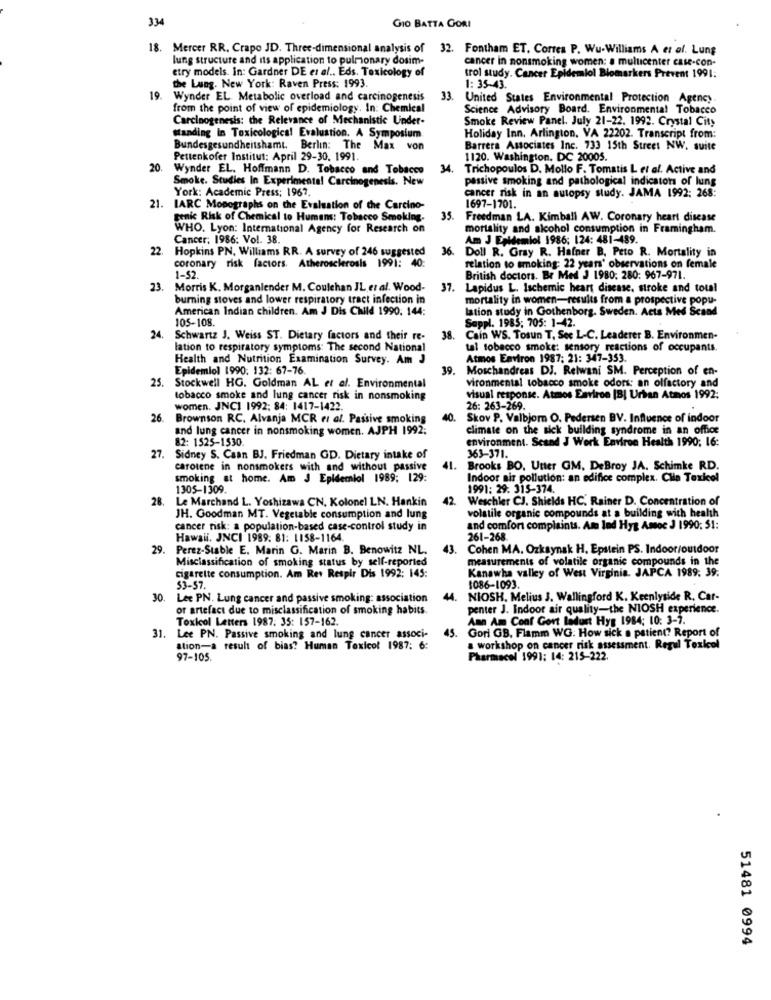
334
GIO BATTA GORI
18. Mercer RR. Crapo JD. Three-dimensional analysis of 32. Fontham ET. Corres P. Wu-Williams A et al. Lung
lung structure and its application to pulmonary dosim-
cancer in nonsmoking women: a multicenter case-con-
etry models. In: Gardner DE et al .. Eds. Toxicology of
trol study. Cancer Epidemiol Biomarkers Prevent 1991:
the Lung. New York: Raven Press: 1993.
1: 35-43.
19. Wynder EL Metabolic overload and carcinogenesis
33.
United States Environmental Protection Agency
from the point of view of epidemiology. In: Chemical
Science Advisory Board. Environmental Tobacco
Carcinogenesis: the Relevance of Mechanistic Under-
Smoke Review Panel. July 21-22. 1992. Crystal City
standing in Toxicological Evaluation. A Symposium
Holiday Inn, Arlington, VA 22202. Transcript from:
Bundesgesundheitshamt. Berlin: The Max von
Barrera Associates Inc. 733 15th Street NW. suite
Pettenkofer Institut: April 29-30. 1991.
1120. Washington, DC 20005.
20.
Wynder EL. Hoffmann D. Tobacco and Tobacco
34.
Trichopoulos D. Mollo F. Tomatis L et al. Active and
Smoke. Studies In Experimental Carcinogenesis. New
passive smoking and pathological indicators of lung
York: Academic Press; 1967.
cancer risk in an autopsy study. JAMA 1992: 268:
21.
IARC Monographs on the Evaluation of the Carcino-
1697-1701.
genic Risk of Chemical to Humans: Tobacco Smoking.
35. Freedman LA. Kimball AW. Coronary heart disease
WHO. Lyon: International Agency for Research on
mortality and alcohol consumption in Framingham.
Cancer: 1986: Vol. 38.
Am J Epidemiol 1986; 124: 481-489.
22.
Hopkins PN. Williams RR. A survey of 246 suggested
36.
Doll R. Gray R. Hafner B. Peto R. Mortality in
coronary risk factors. Atherosclerosis 1991: 40:
relation to smoking: 22 years' observations on female
1-52.
British doctors. Br Med J 1980: 280: 967-971.
. Morris K. Morganlender M. Coulehan IL er al. Wood-
37. Lapidus L. Ischemic heart disease. stroke and total
burning stoves and lower respiratory tract infection in
mortality in women-results from a prospective popu-
American Indian children. Am J Dis Child 1990. 144:
lation study in Gothenborg. Sweden. Acts Med Scand
105-108.
Sappl. 1985; 705: 1-42.
24.
Schwartz J. Weiss ST. Dietary factors and their re-
38. Cain WS. Tosun T, Sec L-C. Leaderer B. Environmen-
lation to respiratory symptoms: The second National
tal tobacco smoke: sensory reactions of occupants.
Health and Nutrition Examination Survey. Am J
Atmos Environ 1987; 21: 347-353.
Epidemiol 1990. 132: 67-76.
39.
Moschandreas DJ. Relwani SM. Perception of en-
25.
Stockwell HG. Goldman AL et al. Environmental
vironmental tobacco smoke odors: an olfactory and
tobacco smoke and lung cancer risk in nonsmoking
visual response. Atmos Environ [B] Urban Atmos 1992:
women. JNCI 1992; 84: 1417-1422.
26: 263-269.
26.
Brownson RC. Alvanja MCR er al. Passive smoking
40
Skov P. Valbjorn O. Pedersen BV. Influence of indoor
and lung cancer in nonsmoking women. AJPH 1992;
climate on the sick building syndrome in an office
82: 1525-1530.
environment. Scand J Werk Environ Health 1990; 16:
27.
Sidney S. Caan BJ. Friedman GD. Dietary intake of
363-371.
carotene in nonsmokers with and without passive
41.
Brooks BO, Utter GM, DeBroy JA. Schimke RD.
smoking at home. Am J Epidemiol 1989; 129:
Indoor air pollution: an edifice complex. Cile Toxicol
1305-1309.
1991: 29: 315-374.
28.
Le Marchand L. Yoshizawa CN. Kolonel LN. Hankin
42.
Weschler CJ. Shields HC, Rainer D. Concentration of
JH. Goodman MT. Vegetable consumption and lung
volatile organic compounds at a building with health
cancer risk: a population-based case-control study in
and comfort complaints. Am lad Hyg Amoc J 1990: 51:
Hawaii. JNCI 1989. 81: 1158-1164.
261-268.
29.
Perez-Stable E. Marin G. Marin B. Benowitz NL.
43.
Cohen MA. Ozkaynak H. Epstein PS. Indoor/outdoor
Misclassification of smoking status by self-reported
measurements of volatile organic compounds in the
Kanawha valley of West Virginia. JAPCA 1989. 39.
cigarette consumption. Am Ret Respir Dis 1992: 145:
53-57.
1086-1093.
30. Lee PN. Lung cancer and passive smoking: association
4.
NIOSH. Melius J. Wallingford K. Keenlyside R. Car-
or artefact due to misclassification of smoking habits.
penter J. Indoor air quality-the NIOSH experience.
Toxicol Letters 1987: 35: 157-162.
Ann Am Conf Gort laduct Hyg 1984; 10: 3-7.
Gori GB. Flamm WG: How sick a patient? Report of
31. Lee PN. Passive smoking and lung cancer associ-
45.
ation-a result of bias? Human Toxicol 1987: 6:
a workshop on cancer risk assessment. Regul Toxicol
97-105.
Pharmacol 1991: 14: 215-222.
51481 0994